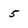
Character: 5